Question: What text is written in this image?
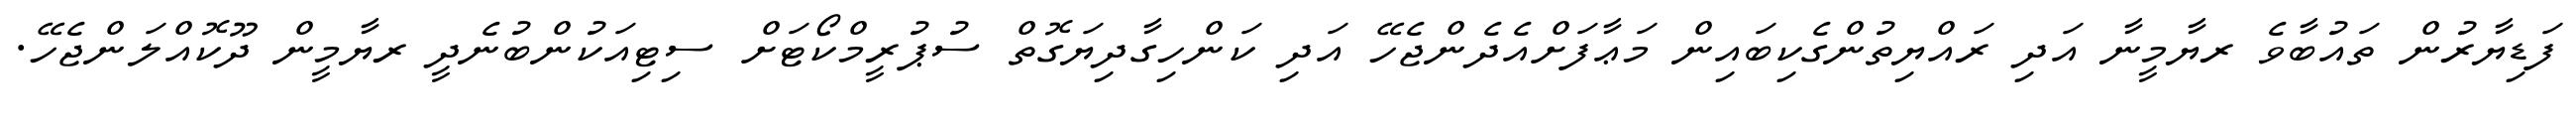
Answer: ފަޑިޔާރުން ތައުބާވެ ރޔާމީނާ އަދި ރައްޔިތުންގެކިބައިން މަޢާފަށްއެދެންޖެހޭ އަދި ކަންހިގާދިޔަގޮތް ސުޕުރީމްކޯޓަށް ސިޓިއަކުންބުނެދީ ރޔާމީން ދޫކޮއްލަންޖެހޭ.